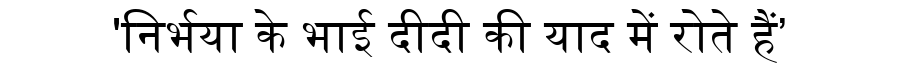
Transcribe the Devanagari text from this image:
'निर्भया के भाई दीदी की याद में रोते हैं’